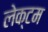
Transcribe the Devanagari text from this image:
लेक्टम